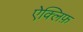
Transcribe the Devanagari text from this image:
ऐक्लिफ़